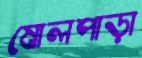
ষোলপাড়া